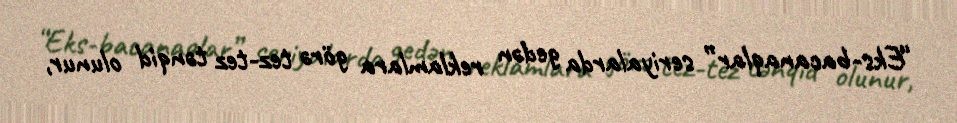
“Eks-bacanaqlar” seriyalarda gedən reklamlara görə tez-tez tənqid olunur,